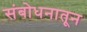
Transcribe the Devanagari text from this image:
संबोधनातून